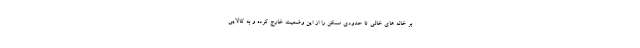
بر خانه های خالی تا حدودی مسکن را از این وضعیت خارج کرده و به کالایی